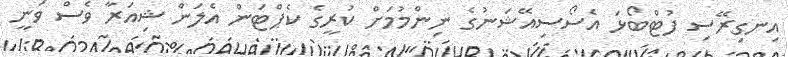
އިނގިރޭސި ފުޓްބޯޅަ އެސޯސިއޭޝަނުގެ ނިންމުމަށް ކުރީގެ ކެޕްޓަން އެލަން ޝިއަރާ ވެސް ވަނީ